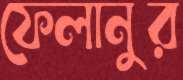
ফেলানুর